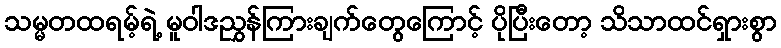
သမ္မတထရမ့်ရဲ့ မူဝါဒညွှန်ကြားချက်တွေကြောင့် ပိုပြီးတော့ သိသာထင်ရှားစွာ